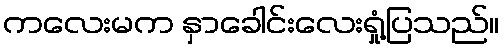
ကလေးမက နှာခေါင်းလေးရှုံ့ပြသည်။